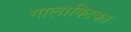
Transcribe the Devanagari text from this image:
गालाक्टिका